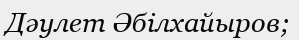
Дәулет Әбілхайыров;